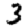
Digit: 3